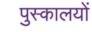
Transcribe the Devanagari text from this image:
पुस्कालयों